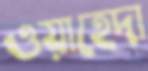
ওয়াহেদা